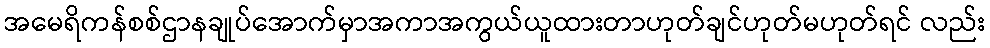
အမေရိကန်စစ်ဌာနချုပ်အောက်မှာအကာအကွယ်ယူထားတာဟုတ်ချင်ဟုတ်မဟုတ်ရင် လည်း